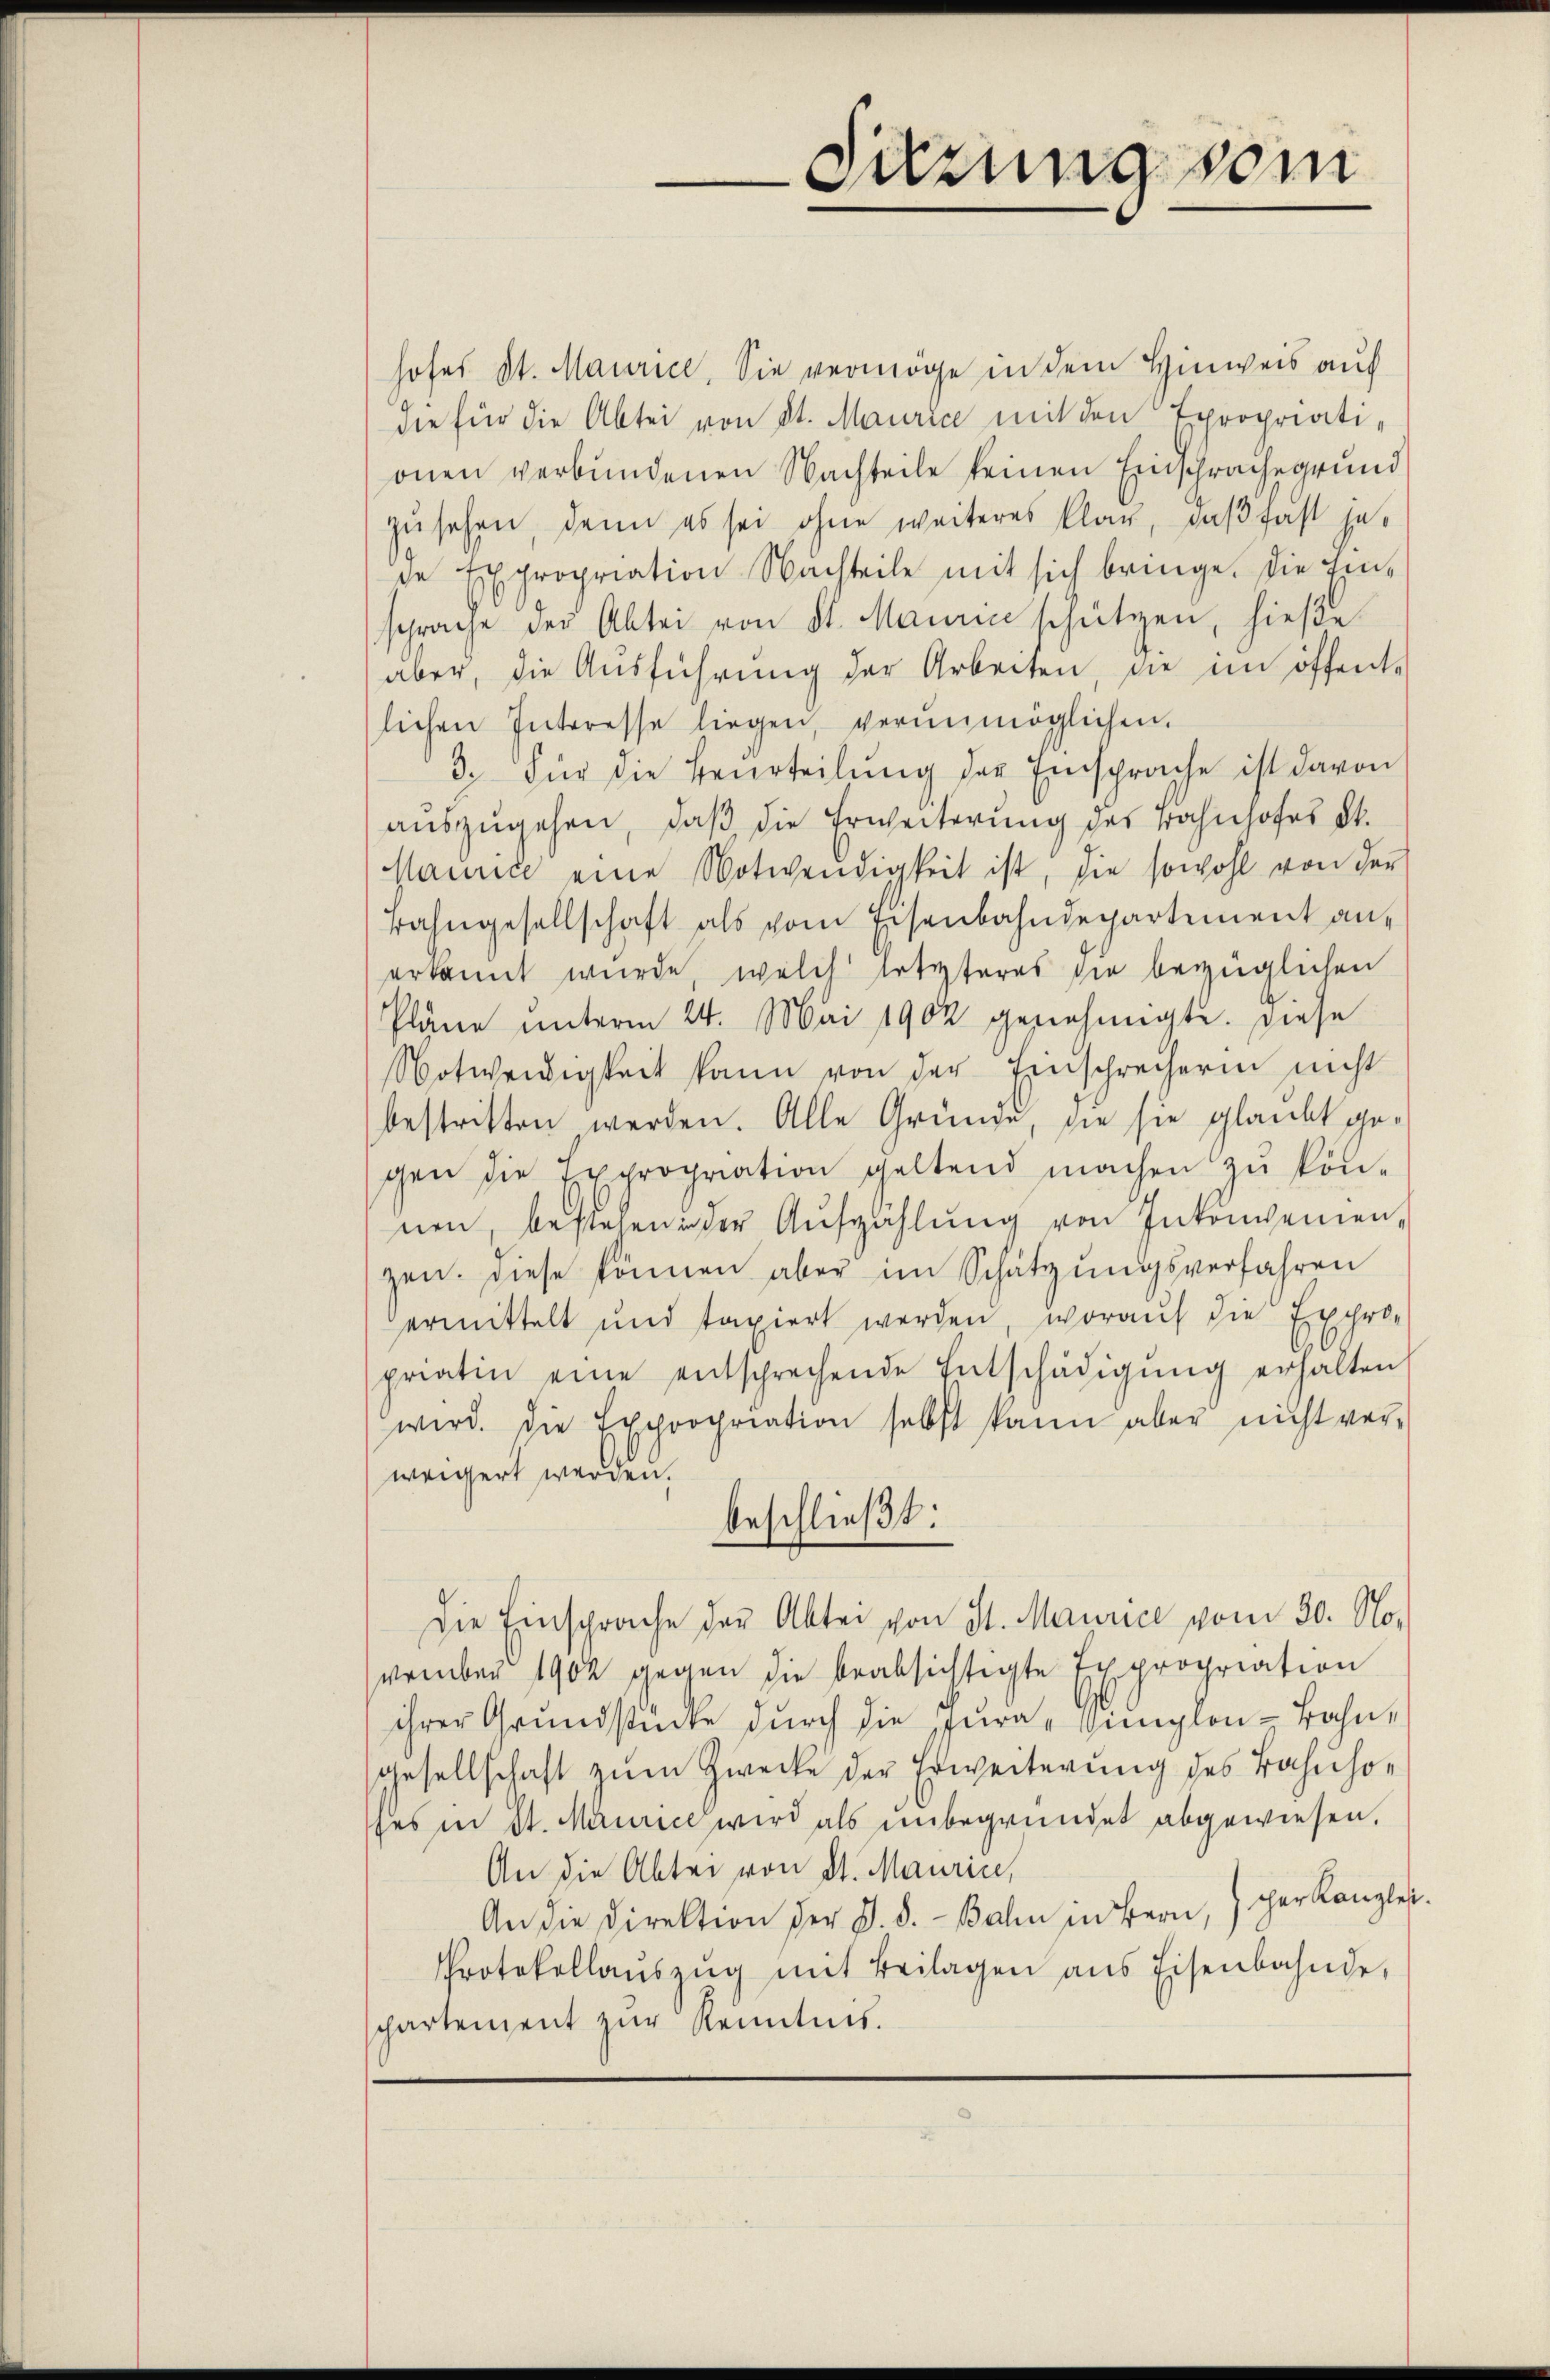
hofes St. Maurice, Sie vermöge in dem Hinweis auf
die für die Abtei von St. Maurice mit den Epropriationen verbundenen Nachteile keinen Einschrachegrund
zusehen, denn es sei ohne weiteres Klar, daß fast jede Expropriation Nachteile mit sich bringe. Die Einsprache der Abtei von St. Mauric schützen, hieße
aber, die Ausführung der Arbeiten, die im öffent-
lichen Interesse liegen, verŭnmöglichen.
3. Für die Beurteilung der Einsprache ist davon
auszugehen, daß die Erweiterung des Bahnhofes St.
Maurice eine Notwendigkeit ist, die sowohl von der
Bahngesellschaft als vom Eisenbahndepartement anerkannt wurde, welch letzteres sie bezüglichen
Pläne unterm 24. Mai 1902 genehmigte. Diese
Notwendigkeit kann von der Einschrecherin nicht
bestritten werden. Alle Gründe, die sie glaubt gegen die Expropriation geltend machen zu kön-
nen, bestehen in der Aufzählung von Inkonvenien-
zen. Diese können aber im Schätzungsverfahren
ermittelt und taxiert werden, worauf die Expro-
priatin eine entsprechende Entschädigŭng erhalten
wird. Die Expropriation selbst kann aber nicht ver-
weigert werden.
beschließt:
Die Einsprache der Abtei von St. Maurice vom 30. November 1902 gegen die beabsichtigte Expropriation
ihrer Grundstücke durch die Jura "Singlen-Bahngesellschaft zum Zwecke der Erweiterung des Bahnhoses in St. Mannie wird als unbegründet abgewiesen.
An die Abtei von St. Maurin,
An die Direktion der J. d. Bahn in Bern, per Kanzlei
Protokollaŭszŭg mit Beilagen ans Eisenbahnde
chartement zur Kenntnis.

üzung sein